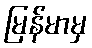
မြန်မာမှ